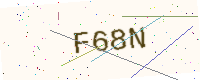
Text: F68N